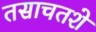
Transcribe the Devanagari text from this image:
तसाचतशे